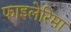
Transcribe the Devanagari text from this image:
फाइलेरिमा